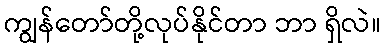
ကျွန်တော်တို့လုပ်နိုင်တာ ဘာ ရှိလဲ။